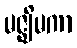
မဇ္ဈိမကာ